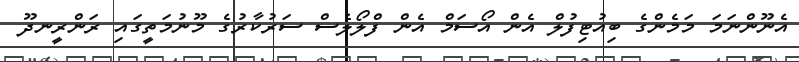
އެނޫންނަމަ މަމެންގެ ބިއުޓިފުލް އެން އޯސަމް އެން ފްލޯލެސް ސަރުކާރުގެ މޫނުމަތީގައި ރަންރީނދޫ